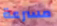
مسرعة